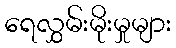
ရေလွှမ်းမိုးမှုများ